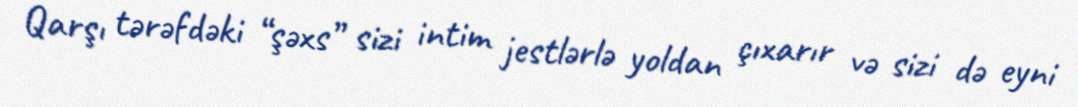
Qarşı tərəfdəki “şəxs” sizi intim jestlərlə yoldan çıxarır və sizi də eyni